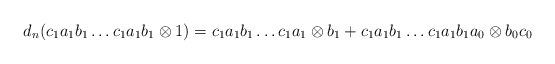
\begin{align*}d_n(c_1a_1b_1 \dots c_1a_1b_1 \otimes 1) = c_1a_1b_1 \dots c_1a_1 \otimes b_1 + c_1a_1b_1 \dots c_1a_1b_1a_0 \otimes b_0c_0\end{align*}